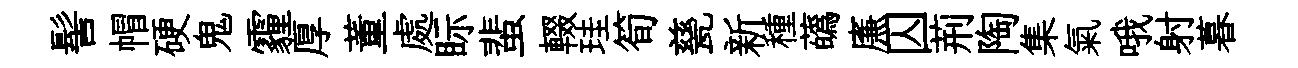
髻帽硬鬼霾厚董處眎蜚輟珪筍甆新種蘤㢘囚荊陶集氣哦射暮